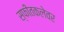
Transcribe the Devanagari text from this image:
स्फीतकलेवर